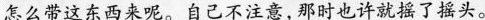
怎么带这东西来呢。自己不注意，那时也许就摇了摇头。